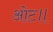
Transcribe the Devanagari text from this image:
ओट॥